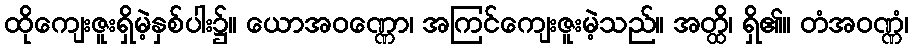
ထိုကျေးဇူးရှိမဲ့နှစ်ပါး၌။ ယောအဝဏ္ဏော၊ အကြင်ကျေးဇူးမဲ့သည်။ အတ္ထိ၊ ရှိ၏။ တံအဝဏ္ဏံ၊